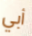
أبي